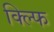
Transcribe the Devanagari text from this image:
क्ल्फि